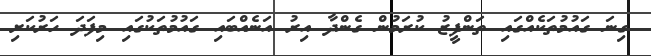
ގިނަ ގައުމުތަކެއްގައި ތަންފީޒު ކުރަމުން ގެންދާ އިރު އަނެއްބައި ގައުމުތަކުގައި މިފަދަ ހަރުކަށި